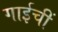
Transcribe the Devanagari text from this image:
गाईचीं